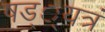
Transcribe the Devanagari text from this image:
षड््यत्रं